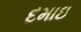
દમાઇ